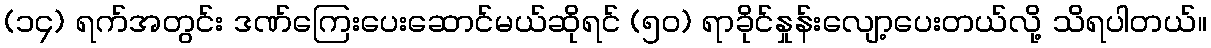
(၁၄) ရက်အတွင်း ဒဏ်ကြေးပေးဆောင်မယ်ဆိုရင် (၅၀) ရာခိုင်နှုန်းလျော့ပေးတယ်လို့ သိရပါတယ်။